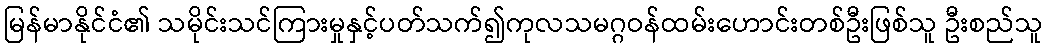
မြန်မာနိုင်ငံ၏ သမိုင်းသင်ကြားမှုနှင့်ပတ်သက်၍ကုလသမဂ္ဂဝန်ထမ်းဟောင်းတစ်ဦးဖြစ်သူ ဦးစည်သူ